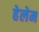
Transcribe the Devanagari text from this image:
हेलेम